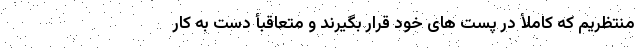
منتظریم که کاملأ در پست های خود قرار بگیرند و متعاقبأ دست به کار